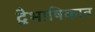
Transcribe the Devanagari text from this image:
द्वैभाषिकात